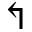
\Lsh